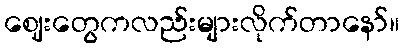
ဈေးတွေကလည်းများလိုက်တာနော်။